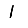
Digit: 1